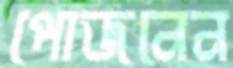
পোজনেন